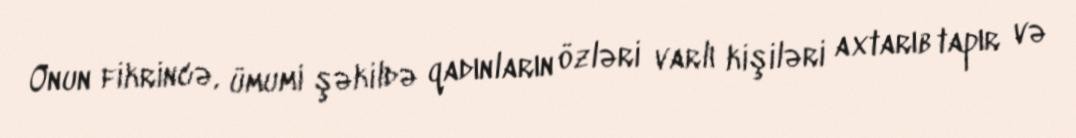
Onun fikrincə, ümumi şəkildə qadınların özləri varlı kişiləri axtarıb tapır və